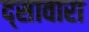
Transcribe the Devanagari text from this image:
द्सावारा